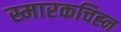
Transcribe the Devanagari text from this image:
स्मारकचिह्न